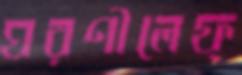
ঘরণীলেফ্